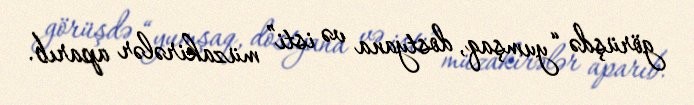
görüşdə “yumşaq, dostyana və isti” müzakirələr aparıb.